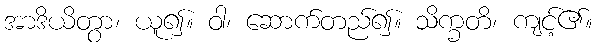
အာဒိယိတွာ၊ ယူ၍။ ဝါ၊ ဆောက်တည်၍။ သိက္ခတိ၊ ကျင့်၏။